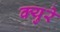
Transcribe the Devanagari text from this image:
क्युरे